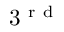
3 ^ { \mathrm { ~ r ~ d ~ } }